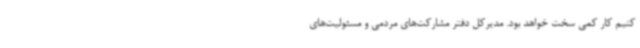
کنیم کار کمی سخت خواهد بود. مدیرکل دفتر مشارکت‌های مردمی و مسئولیت‌های